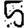
Digit: 5